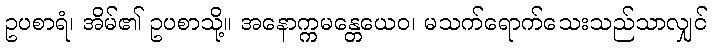
ဥပစာရံ၊ အိမ်၏ ဥပစာသို့။ အနောက္ကမန္တေယေဝ၊ မသက်ရောက်သေးသည်သာလျှင်